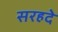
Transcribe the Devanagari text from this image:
सरहदे